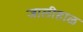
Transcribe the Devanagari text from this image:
जालीहाळ